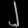
Digit: ၂